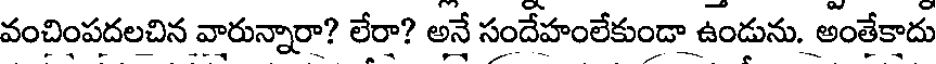
వంచింపదలచిన వారున్నారా? లేరా? అనే సందేహంలేకుండా ఉండును. అంతేకాదు